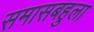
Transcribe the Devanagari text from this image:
समासबहुला